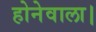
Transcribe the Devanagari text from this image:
होनेवाला।